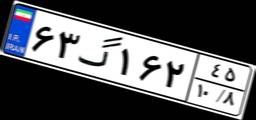
۸۳گ۳۹۸۱۰